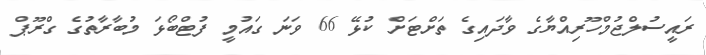
ރައީސުލްޖުމްހޫރިއްޔާގެ ވާދައިގެ ތަށްޓަށް ކުޅޭ 66 ވަނަ ގައުމީ ފުޓްބޯޅަ މުބާރާތުގެ ގްރޫޕް